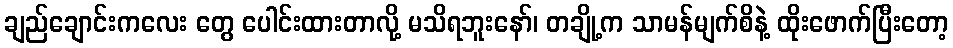
ချည်ချောင်းကလေး တွေ ပေါင်းထားတာလို့ မသိရဘူးနော်၊ တချို့က သာမန်မျက်စိနဲ့ ထိုးဖောက်ပြီးတော့